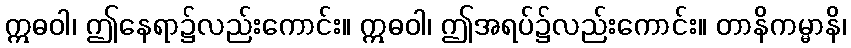
ဣဓဝါ၊ ဤနေရာ၌လည်းကောင်း။ ဣဓဝါ၊ ဤအရပ်၌လည်းကောင်း။ တာနိကမ္မာနိ၊